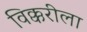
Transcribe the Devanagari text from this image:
विक्करीला